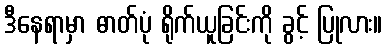
ဒီနေရာမှာ ဓာတ်ပုံ ရိုက်ယူခြင်းကို ခွင့် ပြုလား။